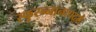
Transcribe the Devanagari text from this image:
स्फुरन्नानापद्मे